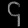
Digit: ၄